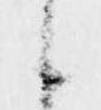
候